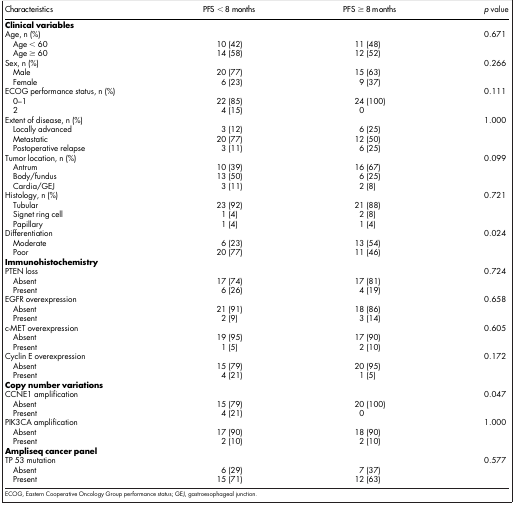
<table><thead><tr><td><b>Characteristics</b></td><td><b>PFS &lt; 8 months</b></td><td><b>PFS ≥ 8 months</b></td><td><b><i>p</i> value</b></td></tr></thead><tbody><tr><td colspan="4"><b>Clinical variables</b></td></tr><tr><td>Age, n (%)</td><td> </td><td> </td><td rowspan="3">0.671</td></tr><tr><td> Age &lt; 60</td><td>10 (42)</td><td>11 (48)</td></tr><tr><td> Age ≥ 60</td><td>14 (58)</td><td>12 (52)</td></tr><tr><td>Sex, n (%)</td><td> </td><td> </td><td rowspan="3">0.266</td></tr><tr><td> Male</td><td>20 (77)</td><td>15 (63)</td></tr><tr><td> Female</td><td>6 (23)</td><td>9 (37)</td></tr><tr><td>ECOG performance status, n (%)</td><td> </td><td> </td><td rowspan="3">0.111</td></tr><tr><td> 0–1</td><td>22 (85)</td><td>24 (100)</td></tr><tr><td> 2</td><td>4 (15)</td><td>0</td></tr><tr><td>Extent of disease, n (%)</td><td> </td><td> </td><td rowspan="4">1.000</td></tr><tr><td> Locally advanced</td><td>3 (12)</td><td>6 (25)</td></tr><tr><td> Metastatic</td><td>20 (77)</td><td>12 (50)</td></tr><tr><td> Postoperative relapse</td><td>3 (11)</td><td>6 (25)</td></tr><tr><td>Tumor location, n (%)</td><td> </td><td> </td><td rowspan="4">0.099</td></tr><tr><td> Antrum</td><td>10 (39)</td><td>16 (67)</td></tr><tr><td> Body/fundus</td><td>13 (50)</td><td>6 (25)</td></tr><tr><td> Cardia/GEJ</td><td>3 (11)</td><td>2 (8)</td></tr><tr><td>Histology, n (%)</td><td> </td><td> </td><td rowspan="4">0.721</td></tr><tr><td> Tubular</td><td>23 (92)</td><td>21 (88)</td></tr><tr><td> Signet ring cell</td><td>1 (4)</td><td>2 (8)</td></tr><tr><td> Papillary</td><td>1 (4)</td><td>1 (4)</td></tr><tr><td>Differentiation</td><td> </td><td> </td><td rowspan="3">0.024</td></tr><tr><td> Moderate</td><td>6 (23)</td><td>13 (54)</td></tr><tr><td> Poor</td><td>20 (77)</td><td>11 (46)</td></tr><tr><td colspan="4"><b>Immunohistochemistry</b></td></tr><tr><td>PTEN loss</td><td> </td><td> </td><td rowspan="3">0.724</td></tr><tr><td> Absent</td><td>17 (74)</td><td>17 (81)</td></tr><tr><td> Present</td><td>6 (26)</td><td>4 (19)</td></tr><tr><td>EGFR overexpression</td><td> </td><td> </td><td rowspan="3">0.658</td></tr><tr><td> Absent</td><td>21 (91)</td><td>18 (86)</td></tr><tr><td> Present</td><td>2 (9)</td><td>3 (14)</td></tr><tr><td>c-MET overexpression</td><td> </td><td> </td><td rowspan="3">0.605</td></tr><tr><td> Absent</td><td>19 (95)</td><td>17 (90)</td></tr><tr><td> Present</td><td>1 (5)</td><td>2 (10)</td></tr><tr><td>Cyclin E overexpression</td><td> </td><td> </td><td rowspan="3">0.172</td></tr><tr><td> Absent</td><td>15 (79)</td><td>20 (95)</td></tr><tr><td> Present</td><td>4 (21)</td><td>1 (5)</td></tr><tr><td colspan="4"><b>Copy number variations</b></td></tr><tr><td>CCNE1 amplification</td><td> </td><td> </td><td rowspan="3">0.047</td></tr><tr><td> Absent</td><td>15 (79)</td><td>20 (100)</td></tr><tr><td> Present</td><td>4 (21)</td><td>0</td></tr><tr><td>PIK3CA amplification</td><td> </td><td> </td><td rowspan="3">1.000</td></tr><tr><td> Absent</td><td>17 (90)</td><td>18 (90)</td></tr><tr><td> Present</td><td>2 (10)</td><td>2 (10)</td></tr><tr><td colspan="4"><b>Ampliseq cancer panel</b></td></tr><tr><td>TP 53 mutation</td><td> </td><td> </td><td rowspan="3">0.577</td></tr><tr><td> Absent</td><td>6 (29)</td><td>7 (37)</td></tr><tr><td> Present</td><td>15 (71)</td><td>12 (63)</td></tr></tbody></table>